DOW-UAP-D48, Department of the Air Force Report, 1996
Agency: Department of War
Incident date: 9/10/96
Page 4
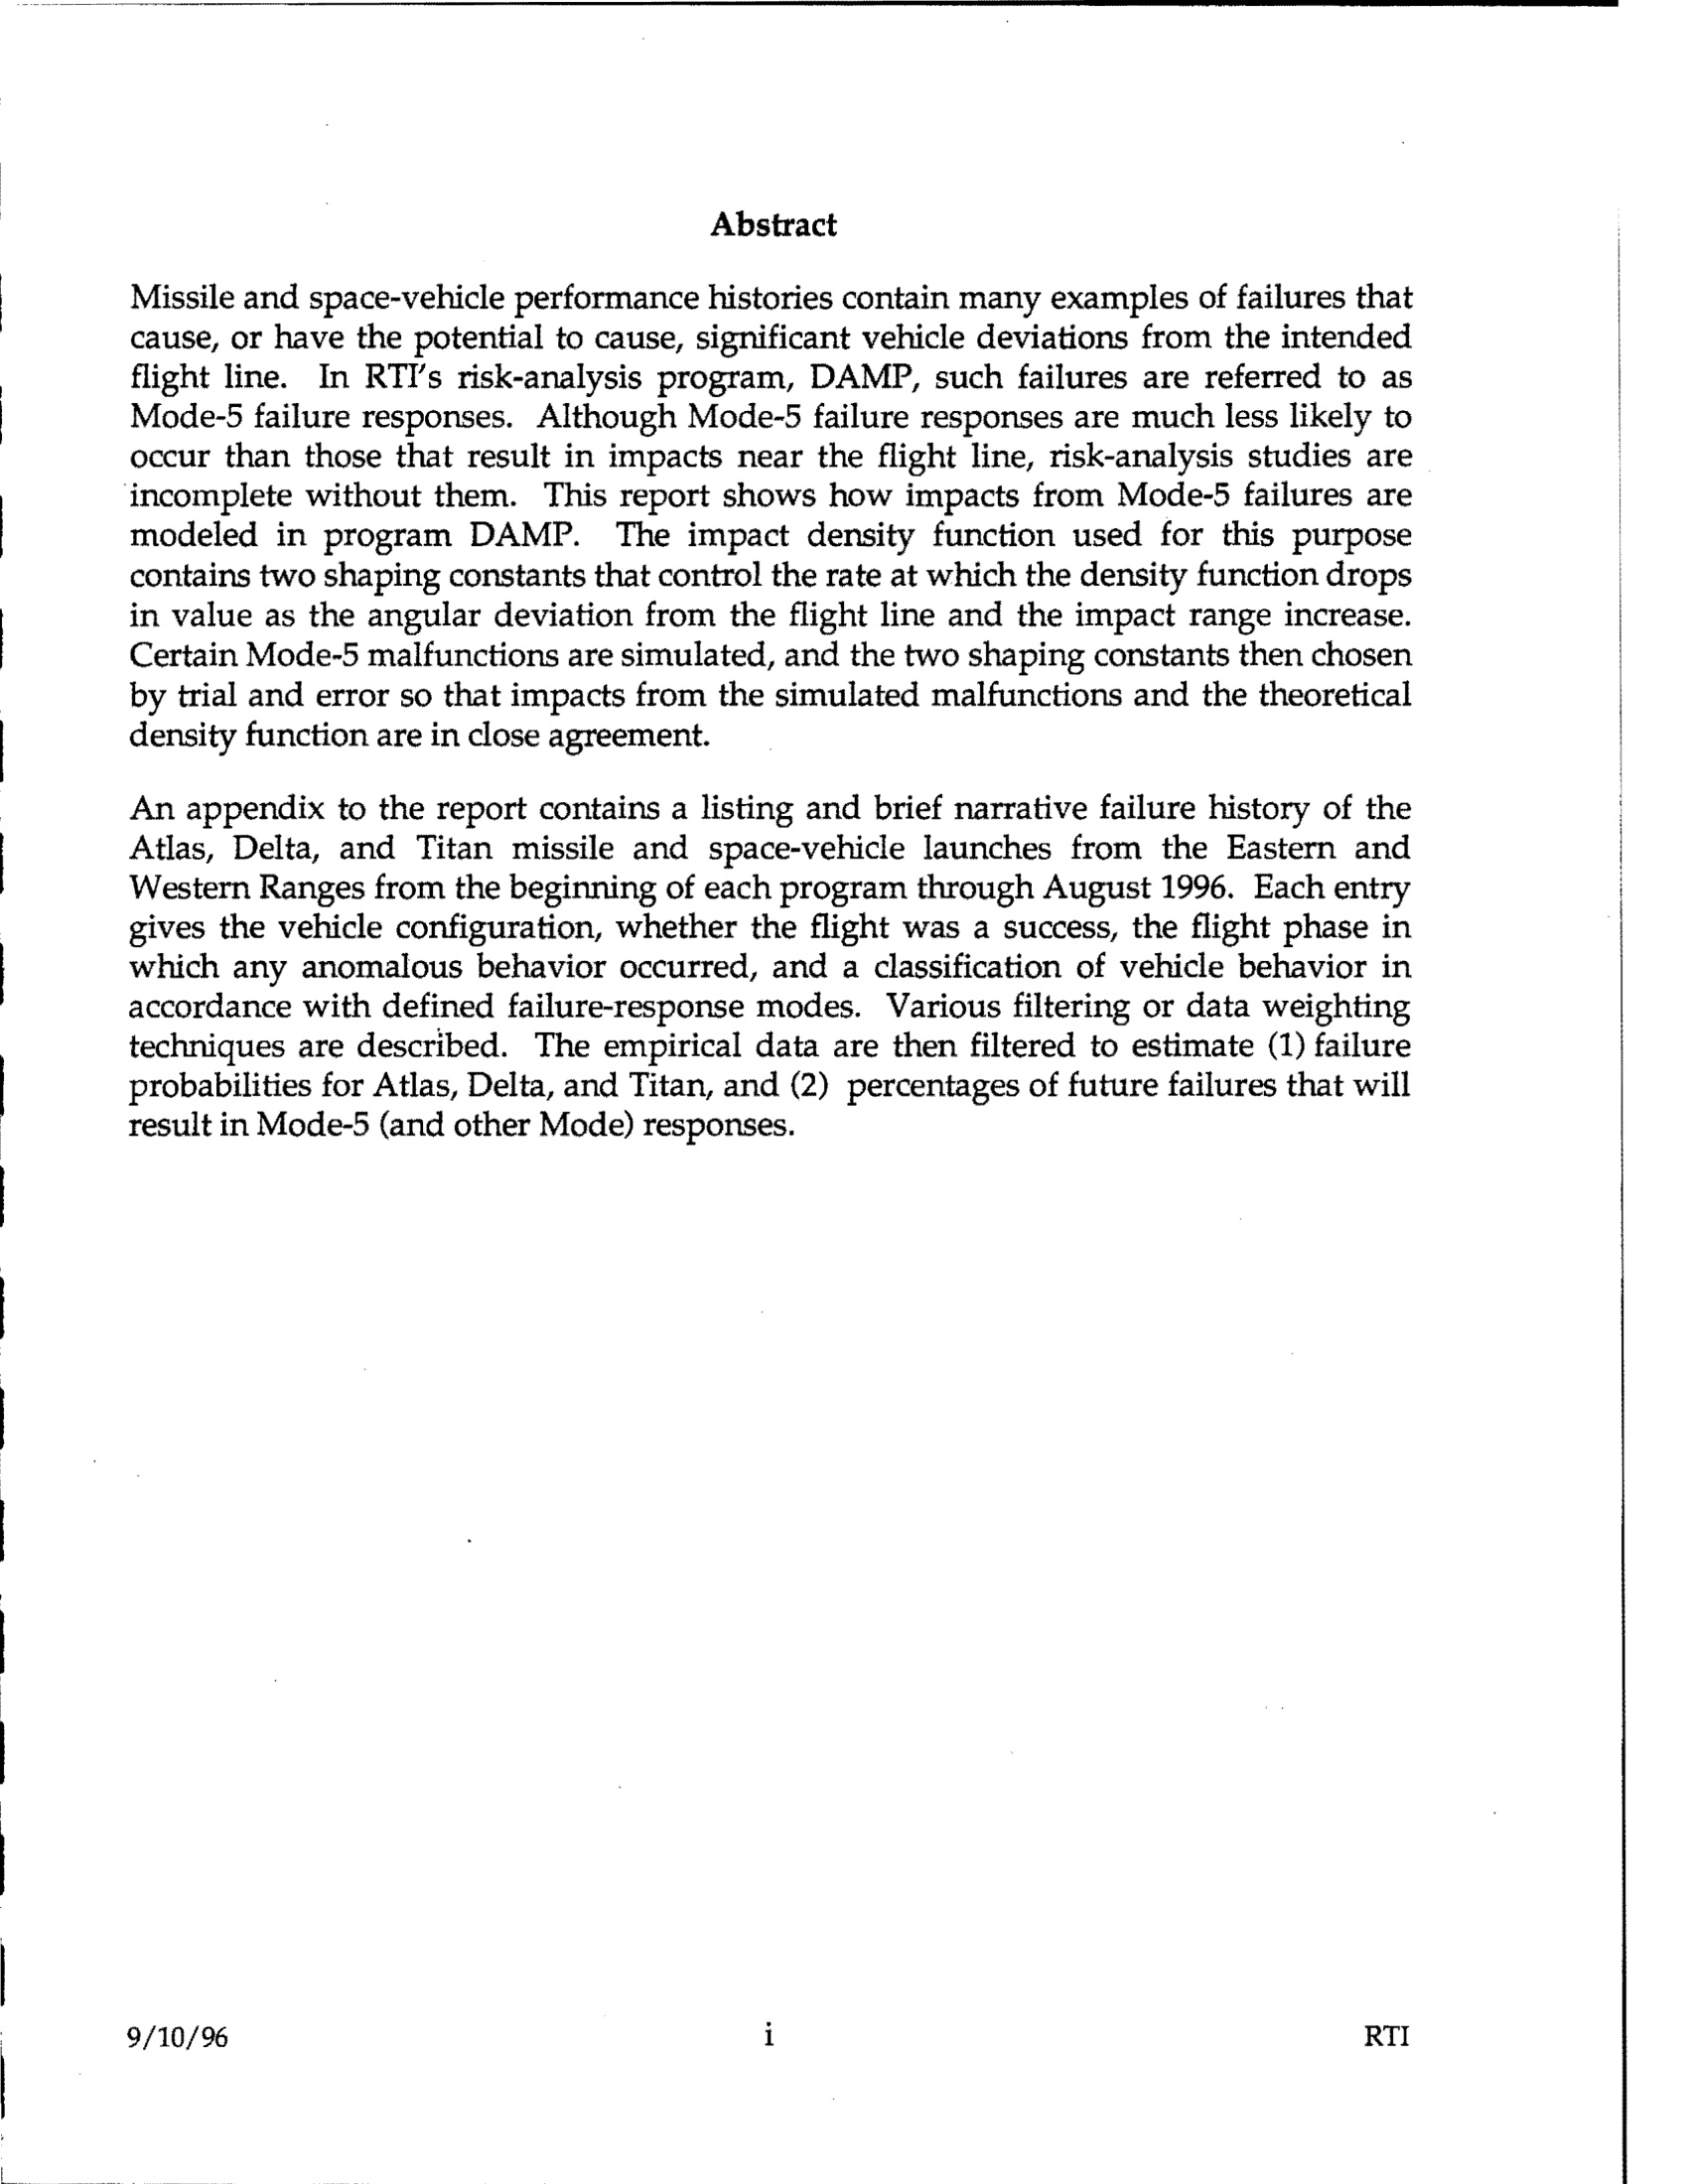